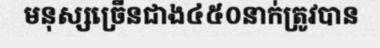
មនុស្សច្រើនជាង៤៥០នាក់ត្រូវបាន